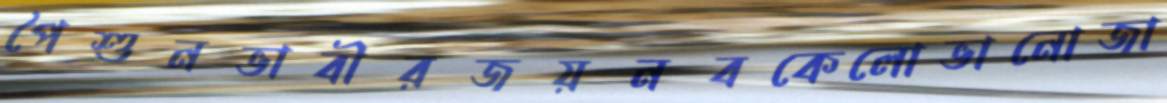
পৈশুনভাবীরজয়নবকেলোভানোজা